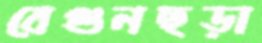
বেগুনছড়া